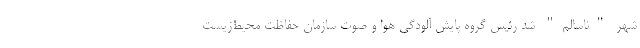
شهر "ناسالم" شد رئیس گروه پایش آلودگی هوا و صوت سازمان حفاظت محیط‌زیست